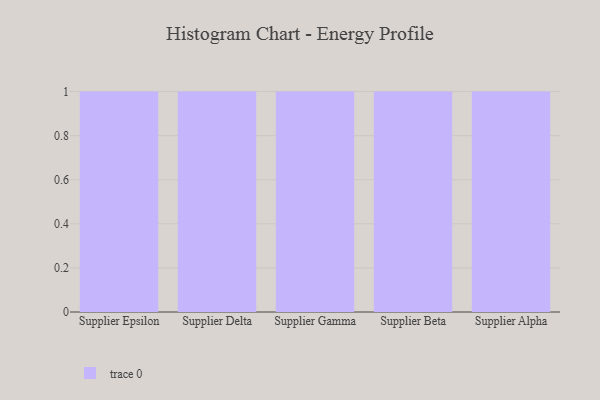
{"axis": {"x": "Supplier", "y": "Production Output"}, "legend": [""], "data": [{"x": "Supplier Epsilon", "y": 48, "type": ""}, {"x": "Supplier Delta", "y": 52, "type": ""}, {"x": "Supplier Gamma", "y": 68, "type": ""}, {"x": "Supplier Beta", "y": 59, "type": ""}, {"x": "Supplier Alpha", "y": 59, "type": ""}]}